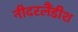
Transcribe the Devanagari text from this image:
नीदरलैंडीश